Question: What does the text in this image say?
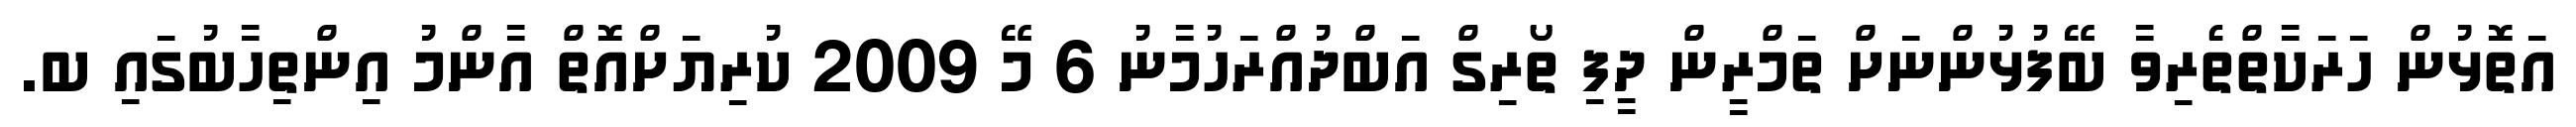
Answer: އަތޮޅުން ހަރަކާތްތެރިވާ ބޭފުޅުންނަށް ތަމްރީން ދީފި ތޯރިގް އަބްދުއްރަހުމާނު 6 މޭ 2009 ކުރިޔަށްއޮތް އާންމު އިންތިހާބުގައި ބ.